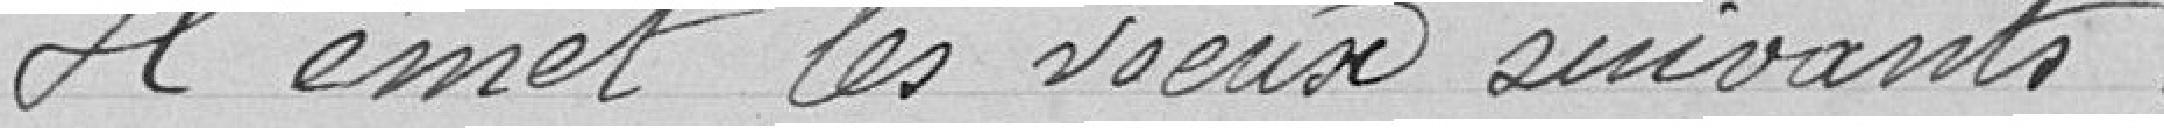
Il émet les voeux suivants :